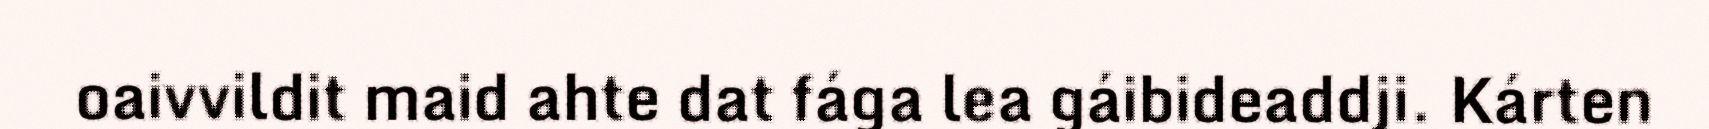
oaivvildit maid ahte dat fága lea gáibideaddji. Kárten